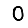
Digit: 0